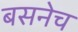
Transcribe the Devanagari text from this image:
बसनेच